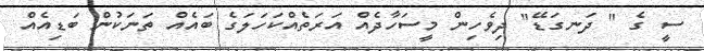
ސީ ގެ " ދަނގަޑޭ" ދިވެހިން މީސަހާދެއް އަރަތެއްކަހަލަގެ ބައެއް ތަނަކުން ބަޑިއެއް